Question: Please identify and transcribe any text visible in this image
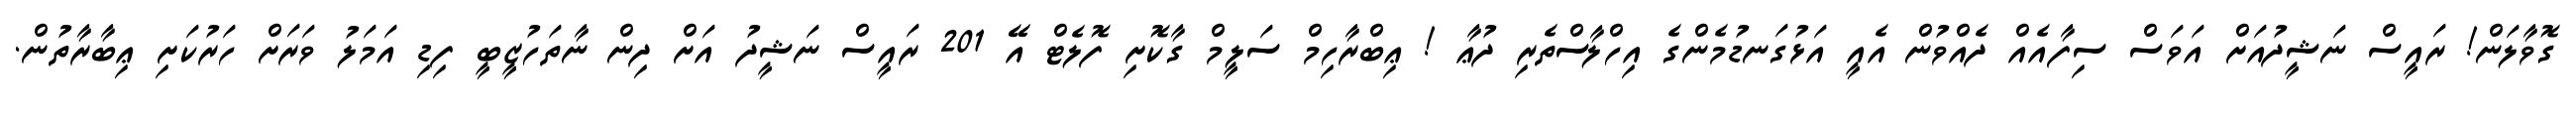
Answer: ގޮވާލަން! ރައީސް ނަޝީދުއަށް އަވަސް ސިފާއެއް ދެއްވުން އެއީ އަޅުގަނޑުމެންގެ އިހްލާސްތެރި ދުޢާ ! ޢިބްރާހިމް ސަލީމް ގާކޮށި ފޮލެޓް އޭ 201 ރައީސް ނަޝީދު އަށް ދިން ނާތަހުޒީބީ ފިޑި އަމަލު ވަރަށް ހަރުކަށި ޢިބާރާތުން.